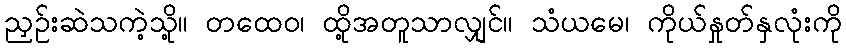
ညှဉ်းဆဲသကဲ့သို့။ တထေဝ၊ ထို့အတူသာလျှင်။ သံယမေ၊ ကိုယ်နှုတ်နှလုံးကို